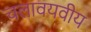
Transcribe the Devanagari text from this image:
चलावयवीय